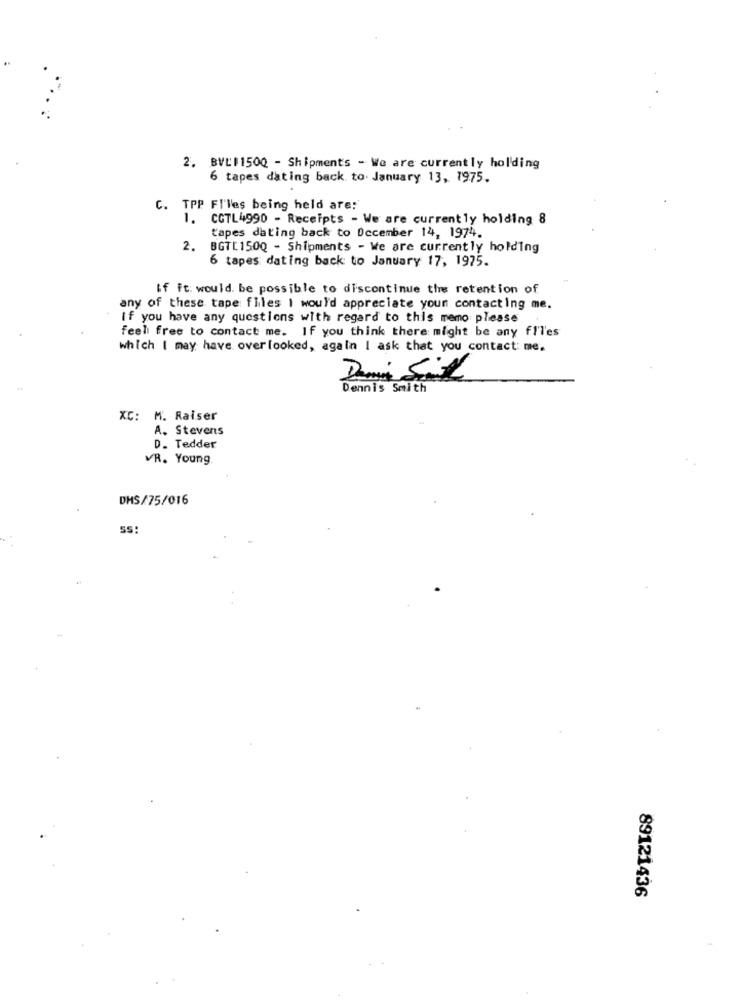
2. BVL11500 - Shipment's - We are currently holding
6 tapes dating back to. January 13, 1975.
C. TPP Fl'les being held are:
1.
CGTL4990 - Receipts - We are currently holding 8
tapes dating back to December 14, 1974.
2. BGT[150Q - Shipments - We are currently holding
6 tapes dating back to January 17, 1975.
If it: would. be possible to discontinue the retention of
any of these tape files I would appreciate your contacting me.
If you have any questions with regard to this memo please
feel free to contact me. If you think there might be any fl'l'es
which | may have overlooked, again I ask that you contact: me,
Dennis Smith
XC: M. Raiser
A. Stevens
D. Tedder
VR. Young
DHS/75/016
89121436